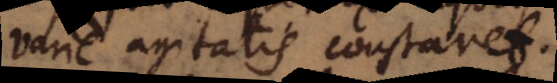
varie agitatis constaret.